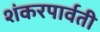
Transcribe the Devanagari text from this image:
शंकरपार्वती